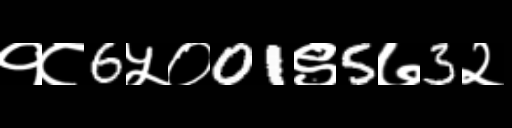
Text: १८6५०01९5७3२